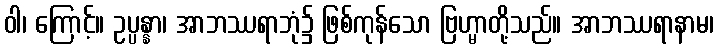
ဝါ၊ ကြောင့်။ ဥပ္ပန္နာ၊ အာဘဿရာဘုံ၌ ဖြစ်ကုန်သော ဗြဟ္မာတို့သည်။ အာဘဿရာနာမ၊